Vaccination North-Western Provinces 1866-1877 - 1866-1877
Year: 1866
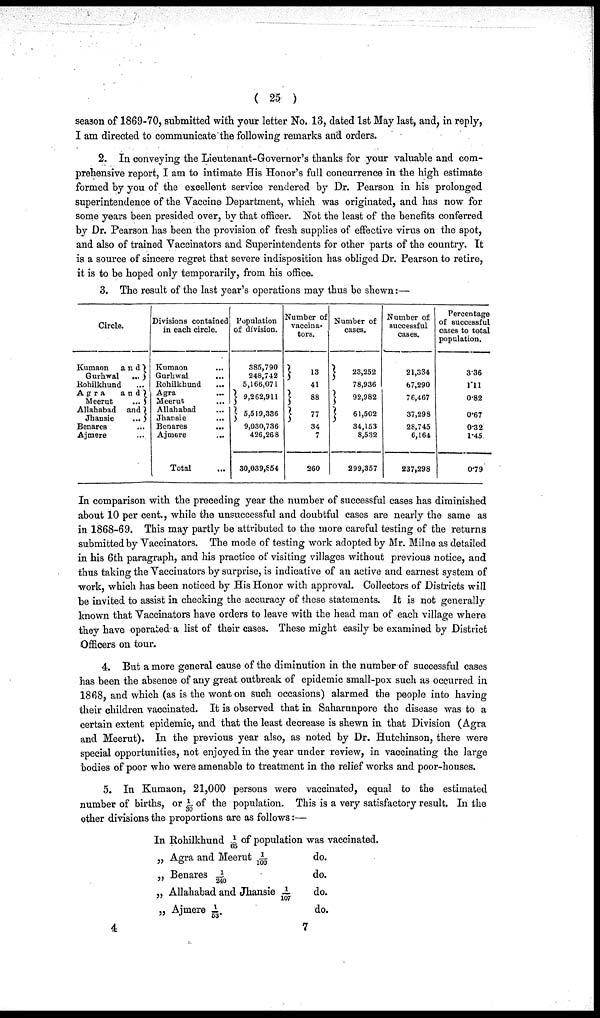
( 25 )
season of 1869-70, submitted with your letter No. 13, dated 1st May last, and, in reply,
I am directed to communicate the following remarks and orders.
2. In conveying the Lieutenant-Governor's thanks for your valuable and com-
prehensive report, I am to intimate His Honor's full concurrence in the high estimate
formed by you of the excellent service rendered by Dr. Pearson in his prolonged
superintendence of the Vaccine Department, which was originated, and has now for
some years been presided over, by that officer. Not the least of the benefits conferred
by Dr. Pearson has been the provision of fresh supplies of effective virus on the spot,
and also of trained Vaccinators and Superintendents for other parts of the country. It
is a source of sincere regret that severe indisposition has obliged Dr. Pearson to retire,
it is to be hoped only temporarily, from his office.
3. The result of the last year's operations may thus be shewn:—
Circle.
Kumaon
and
Gurhwal
...
Rohilkhund ...
Agra
and
Meerut
...
Allahabad and
Jhansie
...
Benares ...
Ajmere ...
Divisions contained
in each circle.
Kumaon ...
Gurhwal ...
Rohilkhund ...
Agra ...
Meerut ...
Allahabad ...
Jhansie ...
Benares ...
Ajmere
...
Total ...
Population
of division.
385,790
248,742
5,166,071
9,262,911
5,519,336
9,030,736
426,268
30,039,654
Number of
vaccina¬
tors.
13
41
88
77
34
7
260
Number of
cases.
23,252
78,936
92,982
61,502
34,153
8,532
299,357
Number of
successful
cases.
21,334
67,290
76,467
37,298
28,745
6,164
237,298
Percentage
of successful
cases to total
population.
3.36
1.11
0.82
0.67
0.32
1.45
0.79
In comparison with the preceding year the number of successful cases has diminished
about 10 per cent., while the unsuccessful and doubtful cases are nearly the same as
in 1868-69. This may partly be attributed to the more careful testing of the returns
submitted by Vaccinators. The mode of testing work adopted by Mr. Milne as detailed
in his 6th paragraph, and his practice of visiting villages without previous notice, and
thus taking the Vaccinators by surprise, is indicative of an active and earnest system of
work, which has been noticed by His Honor with approval. Collectors of Districts will
be invited to assist in checking the accuracy of these statements. It is not generally
known that Vaccinators have orders to leave with the head man of each village where
they have operated a list of their cases. These might easily be examined by District
Officers on tour.
4. But a more general cause of the diminution in the number of successful cases
has been the absence of any great outbreak of epidemic small-pox such as occurred in
1868, and which (as is the wont on such occasions) alarmed the people into having
their children vaccinated. It is observed that in Saharunpore the disease was to a
certain extent epidemic, and that the least decrease is shewn in that Division (Agra
and Meerut). In the previous year also, as noted by Dr. Hutchinson, there were
special opportunities, not enjoyed in the year under review, in vaccinating the large
bodies of poor who were amenable to treatment in the relief works and poor-houses.
5. In Kumaon, 21,000 persons were vaccinated, equal to the estimated
number of births, or 1/30 of the population. This is a very satisfactory result. In the
other divisions the proportions are as follows:—
In Rohilkhund 1/65 of population was vaccinated.
„ Agra and Meerut 1/100
„ Benares 1/240
„ Allahabad and Jhansie 1/107
„ Ajmere 1/ 53.
do.
do.
do.
do.
4
7